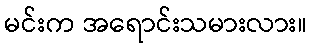
မင်းက အရောင်းသမားလား။